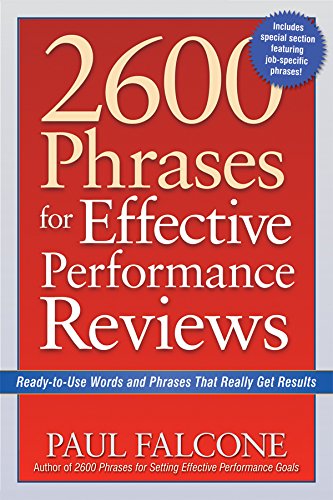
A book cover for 2600 Phrases for Effective Performance Reviews: Ready-to-Use Words and Phrases That Really Get Results; Paul Falcone; Business & Money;